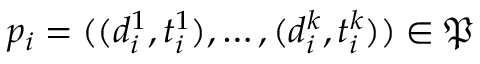
p _ { i } = ( ( d _ { i } ^ { 1 } , t _ { i } ^ { 1 } ) , \dots , ( d _ { i } ^ { k } , t _ { i } ^ { k } ) ) \in \mathfrak { P }